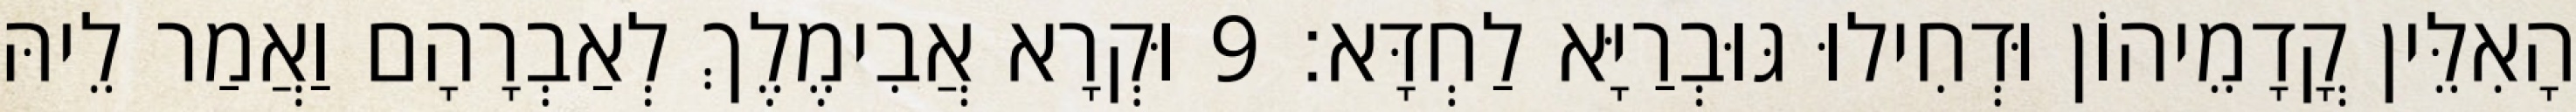
הָאִלֵּין קֳדָמֵיהוֹן וּדְחִילוּ גּוּבְרַיָּא לַחְדָּא׃ 9 וּקְרָא אֲבִימֶלֶךְ לְאַבְרָהָם וַאֲמַר לֵיהּ